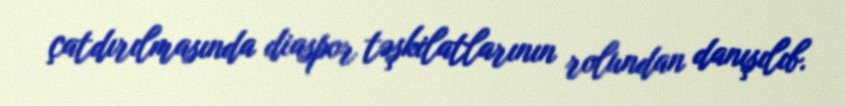
çatdırılmasında diaspor təşkilatlarının rolundan danışılıb.